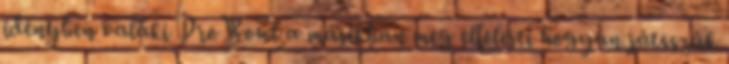
idényben valaki ProBowl a másikban meg elfelejti hogyan játsszák